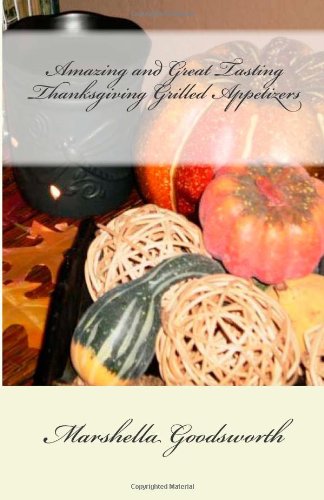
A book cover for Amazing and Great Tasting Thanksgiving Grilled Appetizers; Marshella Goodsworth; Cookbooks, Food & Wine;